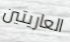
العاريتين